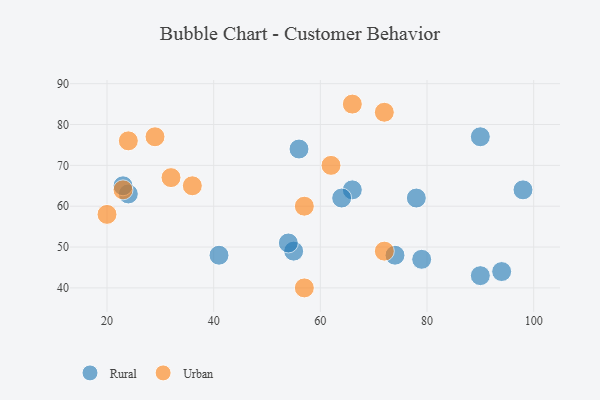
{"axis": {"x": "GDP", "y": "Life Expectancy"}, "legend": ["Rural", "Urban"], "data": [{"x": "66", "y": 64, "type": "Rural"}, {"x": "79", "y": 47, "type": "Rural"}, {"x": "64", "y": 62, "type": "Rural"}, {"x": "24", "y": 63, "type": "Rural"}, {"x": "23", "y": 65, "type": "Rural"}, {"x": "55", "y": 49, "type": "Rural"}, {"x": "74", "y": 48, "type": "Rural"}, {"x": "90", "y": 77, "type": "Rural"}, {"x": "56", "y": 74, "type": "Rural"}, {"x": "41", "y": 48, "type": "Rural"}, {"x": "94", "y": 44, "type": "Rural"}, {"x": "98", "y": 64, "type": "Rural"}, {"x": "78", "y": 62, "type": "Rural"}, {"x": "54", "y": 51, "type": "Rural"}, {"x": "90", "y": 43, "type": "Rural"}, {"x": "24", "y": 76, "type": "Urban"}, {"x": "23", "y": 64, "type": "Urban"}, {"x": "57", "y": 60, "type": "Urban"}, {"x": "57", "y": 40, "type": "Urban"}, {"x": "32", "y": 67, "type": "Urban"}, {"x": "20", "y": 58, "type": "Urban"}, {"x": "36", "y": 65, "type": "Urban"}, {"x": "72", "y": 49, "type": "Urban"}, {"x": "29", "y": 77, "type": "Urban"}, {"x": "62", "y": 70, "type": "Urban"}, {"x": "66", "y": 85, "type": "Urban"}, {"x": "72", "y": 83, "type": "Urban"}]}